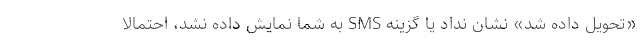
«تحویل داده شد» نشان نداد یا گزینه SMS به شما نمایش داده نشد، احتمالاً